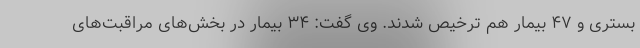
بستری و ۴۷ بیمار هم ترخیص شدند. وی گفت: ۳۴ بیمار در بخش‌های مراقبت‌های